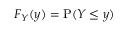
F _ { Y } ( y ) = \operatorname { P } ( Y \leq y )